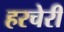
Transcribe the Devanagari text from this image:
हरचेरी